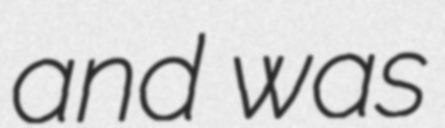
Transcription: and was